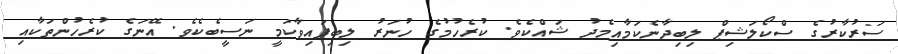
ސަރުކާރުގެ ސްކޯލަޝިޕް ލިބިދާނެކަމާއިމެދު ޝައްކެވެ. ކުރެހުމުގެ ހުނަރު ލިބިފައިވާކަމީ ނަސީބެކެވެ. އޭނަގެ ކުރެހުންތަކާއި